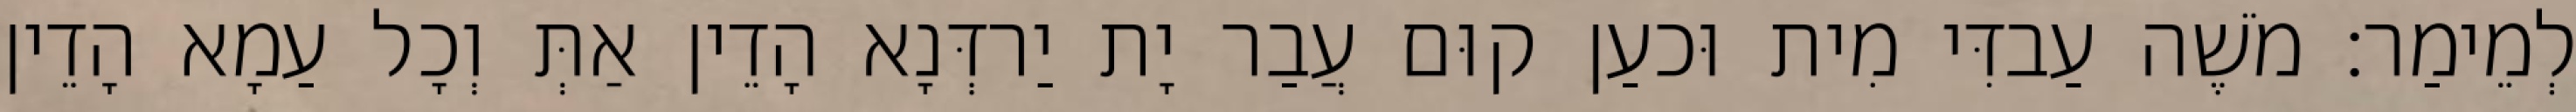
לְמֵימַר׃ מֹשֶׁה עַבדִּי מִית וּכעַן קוּם עֲבַר יָת יַרדְּנָא הָדֵין אַתְּ וְכָל עַמָא הָדֵין